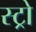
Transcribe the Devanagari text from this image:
स्ट्रो